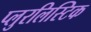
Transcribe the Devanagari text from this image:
प्लुरलिस्टिक